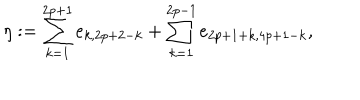
\eta : = \sum _ { k = 1 } ^ { 2 p + 1 } e _ { k , 2 p + 2 - k } + \sum _ { k = 1 } ^ { 2 p - 1 } e _ { 2 p + 1 + k , 4 p + 1 - k } ,